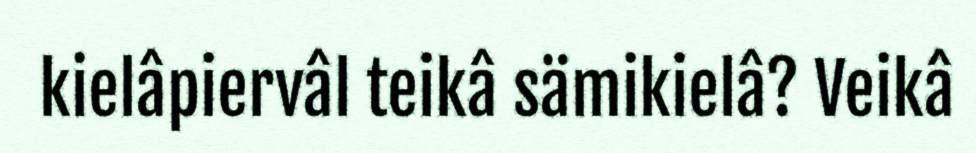
kielâpiervâl teikâ sämikielâ? Veikâ